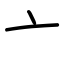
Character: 亠